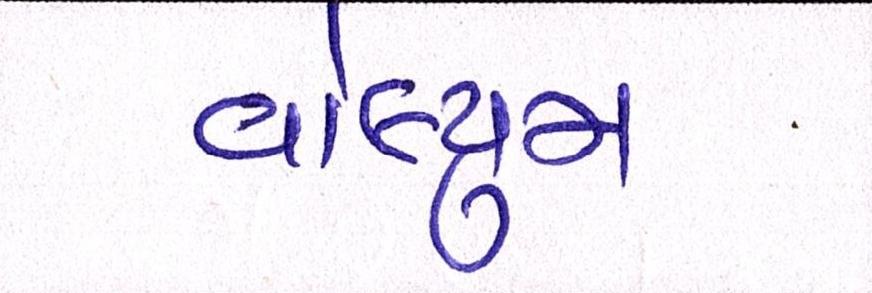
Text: વોલ્યુમ